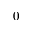
0